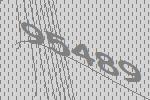
95489